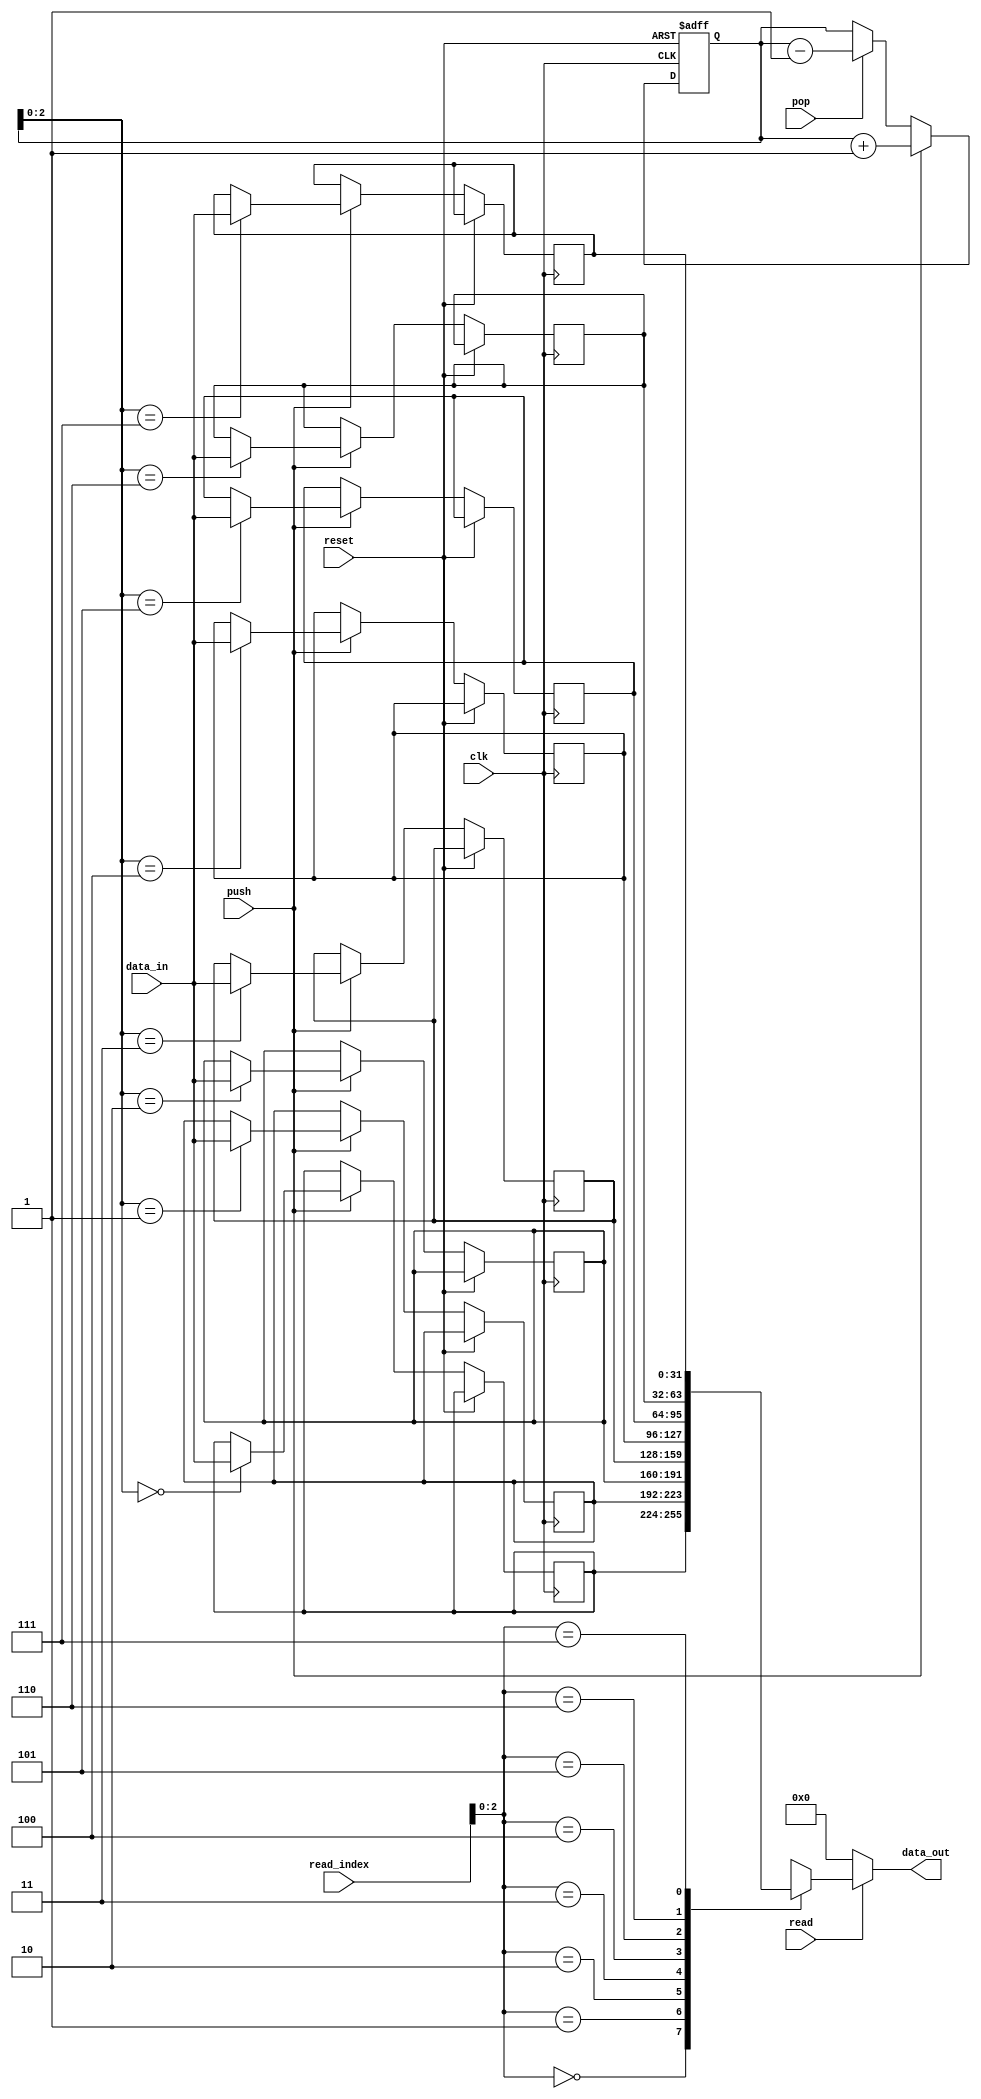
module MemoryBlocksStackRF (
    input wire [31:0] data_in,
    input wire push,
    input wire pop,
    input wire read,
    input wire [4:0] read_index,
    output wire [31:0] data_out,
    input wire clk,
    input wire reset
);

reg [31:0] memory [7:0]; // 8 memory blocks
reg [4:0] stack_pointer;

always @(posedge clk or posedge reset)
begin
    if (reset)
    begin
        stack_pointer <= 0;
    end
    else
    begin
        if (push)
        begin
            memory[stack_pointer] <= data_in;
            stack_pointer <= stack_pointer + 1;
        end
        else if (pop)
        begin
            stack_pointer <= stack_pointer - 1;
        end
    end
end

assign data_out = (read) ? memory[read_index] : 0;

endmodule